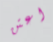
اعتن